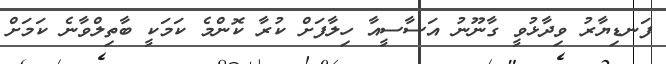
ފަނޑިޔާރު ވިދާޅުވީ ގާނޫނު އަސާސީއާ ހިލާފަށް ކުރާ ކޮންމެ ކަމަކީ ބާތިލްވާނެ ކަމަށް